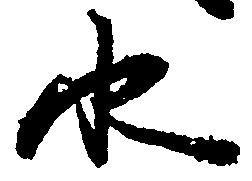
水